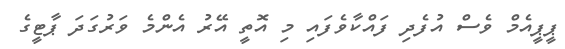
ޕީޕީއެމް ވެސް އުފެދި ފައްކާވެފައި މި އޮތީ އޭރު އެންމެ ވަރުގަދަ ޕާޓީގެ